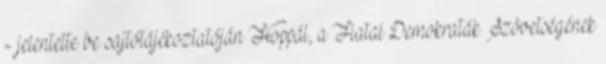
- jelentette be sajtótájékoztatóján Hoppál, a Fiatal Demokraták Szövetségének